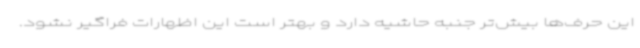
این حرف‌ها بیش‌تر جنبه حاشیه دارد و بهتر است این اظهارات فراگیر نشود.